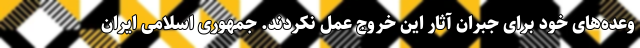
وعده‌های خود برای جبران آثار این خروج عمل نکردند. جمهوری اسلامی ایران